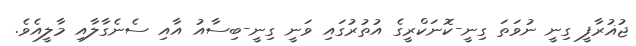
ޖުޣުރާފީ ގިިނީ ނުވަތަ ގިނީ-ކޮނަކްރީގެ އުތުރުގައި ވަނީ ގިނީ-ބިސާއު އާއި ސެނެގާލާއި މާލީއެވެ.